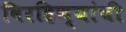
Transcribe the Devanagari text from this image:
विरहिण्यांची